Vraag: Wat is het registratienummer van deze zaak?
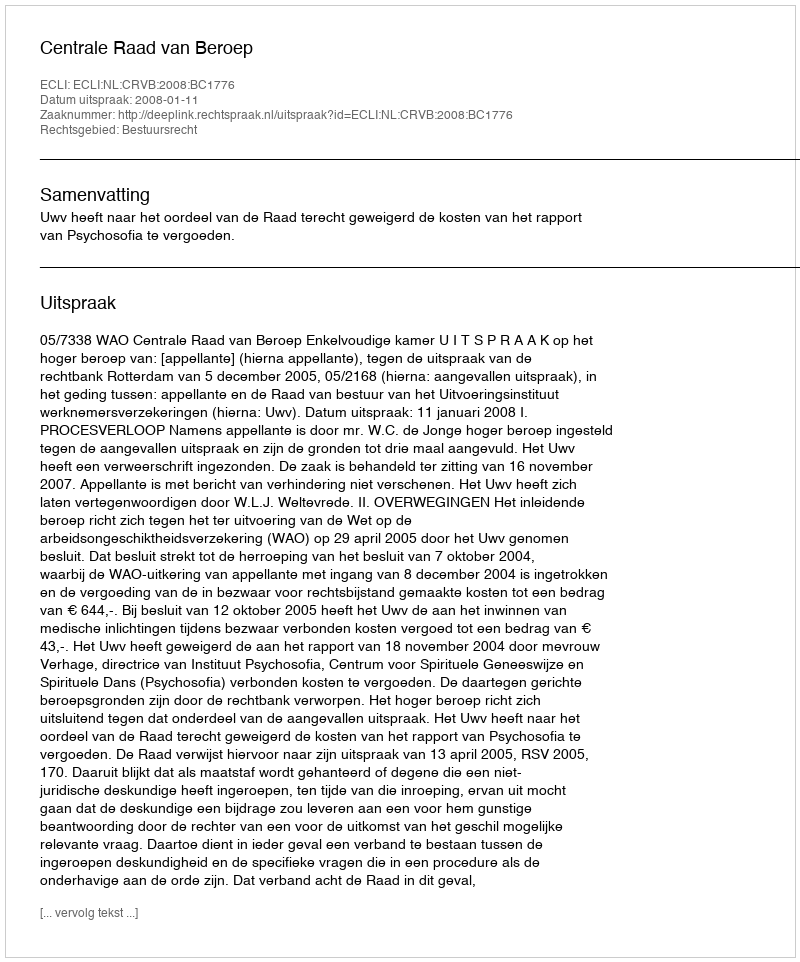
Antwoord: http://deeplink.rechtspraak.nl/uitspraak?id=ECLI:NL:CRVB:2008:BC1776